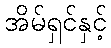
အိမ်ရှင်နှင့်